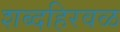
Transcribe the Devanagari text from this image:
शब्दहिरवळ